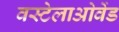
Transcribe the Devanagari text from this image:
वस्टेलाओवेंड